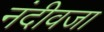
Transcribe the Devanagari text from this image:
नंदीवजा